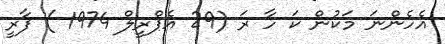
އެހެންނަ މަކުން ކަ ހާ ރަ (29 އެޕްރީލް 1974 ) ފާރީ